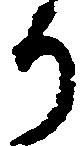
り